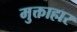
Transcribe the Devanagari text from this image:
मुक्ताहार